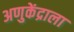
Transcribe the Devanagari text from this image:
अणुकेंद्राला